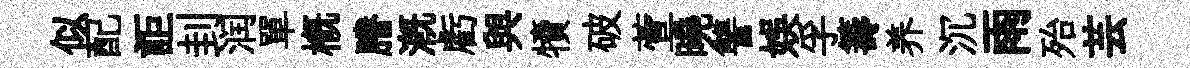
似配詎刲润單槪謄溉虧與犢破萱曉讐娱孚籌养沉雨殆芸